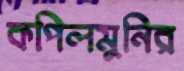
কপিলমুনির